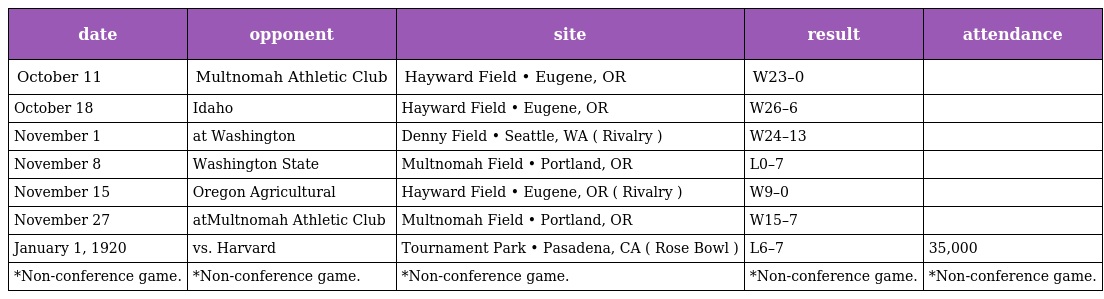
| date | opponent | site | result | attendance |
 | --- | --- | --- | --- | --- |
 | October 11 | Multnomah Athletic Club | Hayward Field • Eugene, OR | W23–0 |  |
 | October 18 | Idaho | Hayward Field • Eugene, OR | W26–6 |  |
 | November 1 | at Washington | Denny Field • Seattle, WA ( Rivalry ) | W24–13 |  |
 | November 8 | Washington State | Multnomah Field • Portland, OR | L0–7 |  |
 | November 15 | Oregon Agricultural | Hayward Field • Eugene, OR ( Rivalry ) | W9–0 |  |
 | November 27 | atMultnomah Athletic Club | Multnomah Field • Portland, OR | W15–7 |  |
 | January 1, 1920 | vs. Harvard | Tournament Park • Pasadena, CA ( Rose Bowl ) | L6–7 | 35,000 |
 | *Non-conference game. | *Non-conference game. | *Non-conference game. | *Non-conference game. | *Non-conference game. |